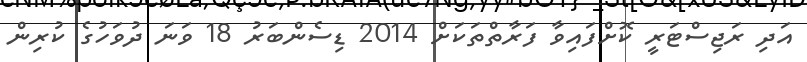
އަދި ރަޖިސްޓަރީ ކޮށްފައިވާ ފަރާތްތަކަށްް 2014 ޑިސެންބަރު 18 ވަނަ ދުވަހުގެ ކުރިން